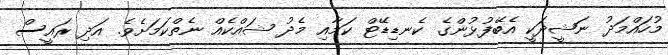
މުހައްމަދު ނަޝީދަކީ އެބޭފުޅުންގެ ކެނޑިޑޭޓް ކަމާއި މެދު ޝައްކެއް ނެތްކަމަށެވެ. އަދި ރައީސް